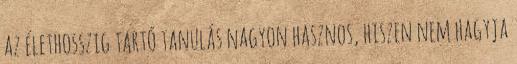
az élethosszig tartó tanulás nagyon hasznos, hiszen nem hagyja